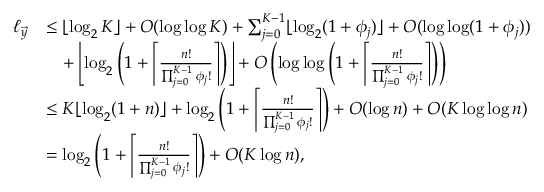
\begin{array} { r l } { \ell _ { \vec { y } } } & { \leq \lfloor \log _ { 2 } K \rfloor + O ( \log \log K ) + \sum _ { j = 0 } ^ { K - 1 } \lfloor \log _ { 2 } ( 1 + \phi _ { j } ) \rfloor + O ( \log \log ( 1 + \phi _ { j } ) ) } \\ & { \quad + \left\lfloor \log _ { 2 } \left( 1 + \left\lceil \frac { n ! } { \prod _ { j = 0 } ^ { K - 1 } \phi _ { j } ! } \right\rceil \right) \right\rfloor + O \left( \log \log \left( 1 + \left\lceil \frac { n ! } { \prod _ { j = 0 } ^ { K - 1 } \phi _ { j } ! } \right\rceil \right) \right) } \\ & { \leq K \lfloor \log _ { 2 } ( 1 + n ) \rfloor + \log _ { 2 } \left( 1 + \left\lceil \frac { n ! } { \prod _ { j = 0 } ^ { K - 1 } \phi _ { j } ! } \right\rceil \right) + O ( \log n ) + O ( K \log \log n ) } \\ & { = \log _ { 2 } \left( 1 + \left\lceil \frac { n ! } { \prod _ { j = 0 } ^ { K - 1 } \phi _ { j } ! } \right\rceil \right) + O ( K \log n ) , } \end{array}